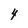
Character: 4